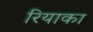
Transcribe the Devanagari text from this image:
रियाका